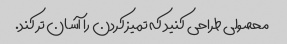
محصولی طراحی کنید که تمیز کردن را آسان تر کند.